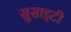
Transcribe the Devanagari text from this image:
सुसाइटी